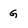
Character: G